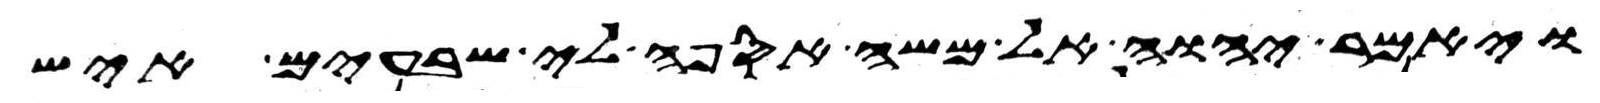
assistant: ויאמר יהוה אל משה אספה לי שבעים איש